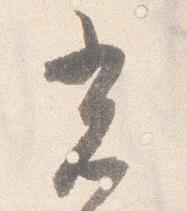
光